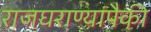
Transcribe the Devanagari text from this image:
राजघराण्यांपैकी